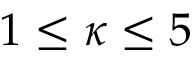
1 \leq \kappa \leq 5